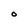
Character: O